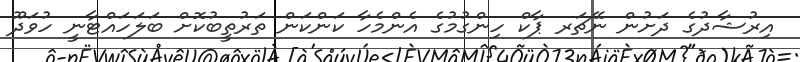
އިރުޝާދުގެ ދަށުން ނޭޗަރ ޕާކް ހިންގުމުގެ އެންމެހާ ކަންކަން ތަރުތީބުކޮށް ބަލަހައްޓާނީ ހުވަދޫ